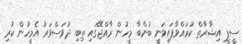
ސީޕީ އިޝާރާތް ކުރައްވާފައިވަނީ ބުންބާ މީހުން ރާއްޖޭގައި ތިބި ދުވަސްވަރު އެމީހުން ކުރި